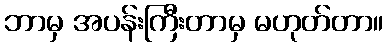
ဘာမှ အပန်းကြီးတာမှ မဟုတ်တာ။